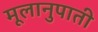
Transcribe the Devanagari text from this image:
मूलानुपाती